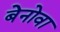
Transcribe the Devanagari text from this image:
बेनोवा